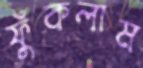
ফুঁকলাম